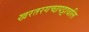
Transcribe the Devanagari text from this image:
खरतरगच्छपट्टावलि